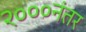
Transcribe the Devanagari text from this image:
२०००नंतर